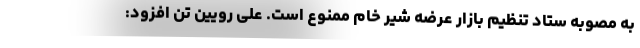
به مصوبه ستاد تنظیم بازار عرضه شیر خام ممنوع است. علی رویین تن افزود: